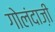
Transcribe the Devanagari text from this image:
गोलंदाज़ी